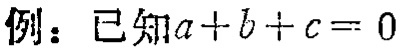
例：已知\(a + b + c = 0\)